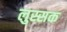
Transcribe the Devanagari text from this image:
लुस्सक